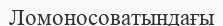
Ломоносоватындағы